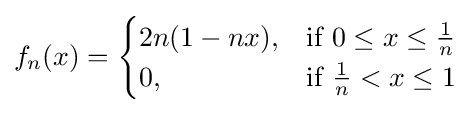
f_{n}(x)={\begin{cases}2n(1-nx),&{\mbox{if }}0\leq x\leq {\frac {1}{n}}\\0,&{\mbox{if }}{\frac {1}{n}}<x\leq 1\end{cases}}